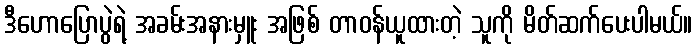
ဒီဟောပြောပွဲရဲ့ အခမ်းအနားမှူး အဖြစ် တာဝန်ယူထားတဲ့ သူကို မိတ်ဆက်ပေးပါမယ်။